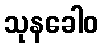
သုနခေါဝ